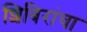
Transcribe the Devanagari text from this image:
शिबिरांचा